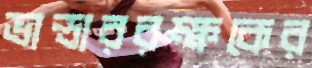
ভান্ডাররক্ষকের